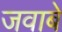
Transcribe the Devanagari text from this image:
जवाबे